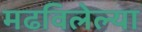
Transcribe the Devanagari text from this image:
मढविलेल्या